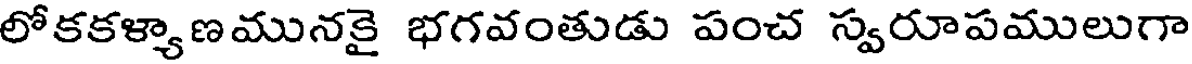
లోకకళ్యాణమునకై భగవంతుడు పంచ స్వరూపములుగా